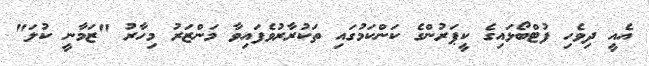
އެއީ ދިވެހި ފުޓްބޯޅައިގެ ކީޕަރުންގެ ކަންކަމުގައި ތަކުރާރުވެފައިވާ މަންޒަރު މިހާރު "ޒަމާނީ ކުލަ"